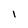
Character: 1